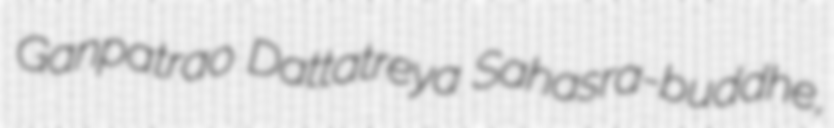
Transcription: Ganpatrao Dattatreya Sahasra-buddhe,